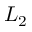
L _ { 2 }